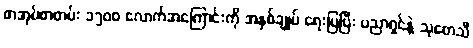
စာအုပ်စာတမ်း ၁၅၀၀ လောက်အကြောင်းကို အနှစ်ချုပ် ရေးပြပြီး ပညာရှင်နဲ့ သုတေသီ